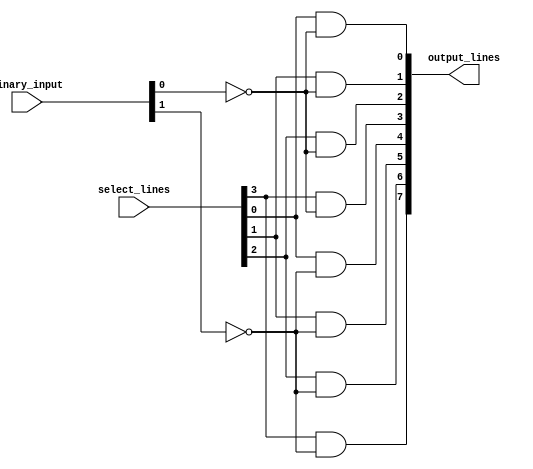
module binary_decoder(
    input [3:0] binary_input,
    input [3:0] select_lines,
    output [7:0] output_lines
);

assign output_lines[0] = (select_lines[0] & ~binary_input[0]);
assign output_lines[1] = (select_lines[1] & ~binary_input[0]);
assign output_lines[2] = (select_lines[2] & ~binary_input[0]);
assign output_lines[3] = (select_lines[3] & ~binary_input[0]);
assign output_lines[4] = (select_lines[0] & ~binary_input[1]);
assign output_lines[5] = (select_lines[1] & ~binary_input[1]);
assign output_lines[6] = (select_lines[2] & ~binary_input[1]);
assign output_lines[7] = (select_lines[3] & ~binary_input[1]);

endmodule